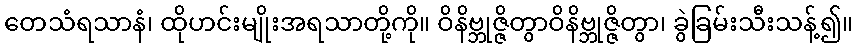
တေသံရသာနံ၊ ထိုဟင်းမျိုးအရသာတို့ကို။ ဝိနိဗ္ဘုဇ္ဇိတွာဝိနိဗ္ဘုဇ္ဇိတွာ၊ ခွဲခြမ်းသီးသန့်၍။